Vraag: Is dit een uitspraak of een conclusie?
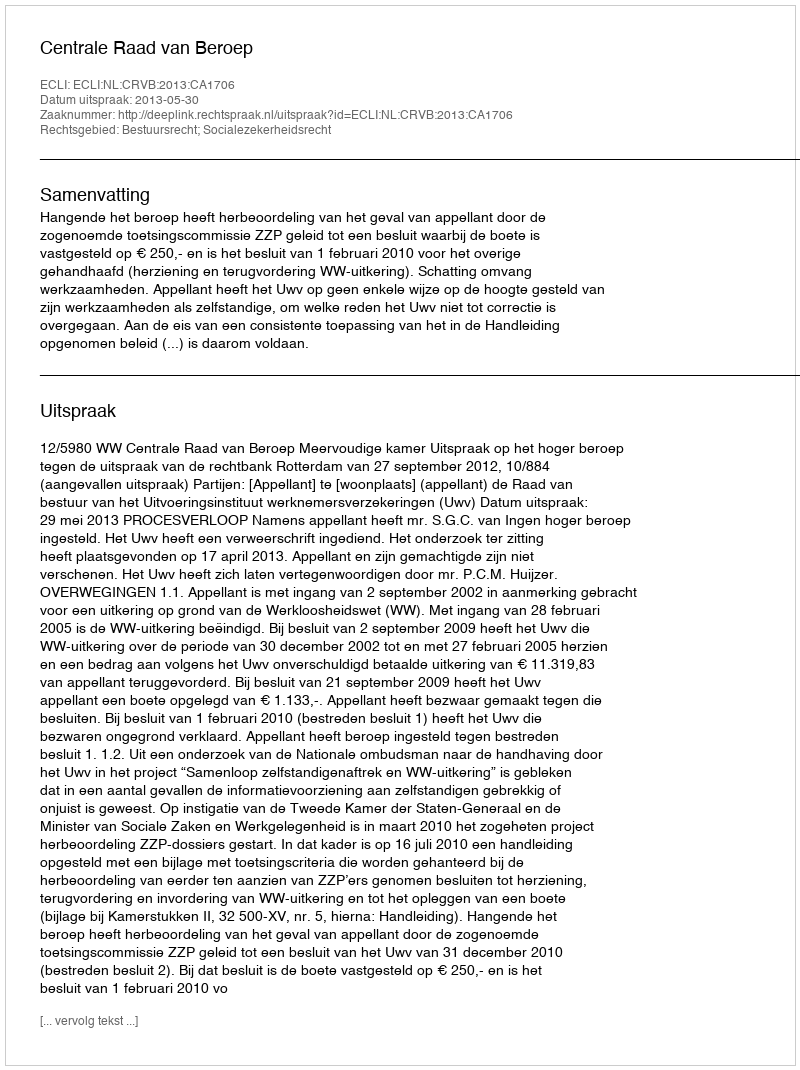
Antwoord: Uitspraak